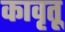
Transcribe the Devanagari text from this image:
कावृतू